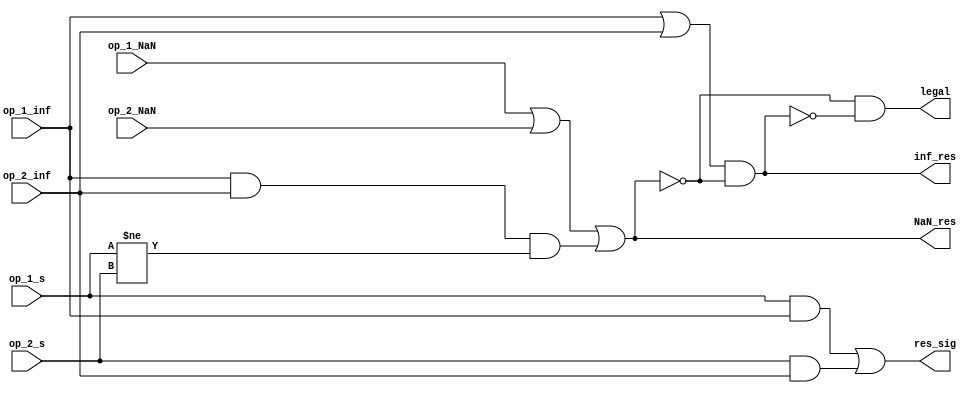
module uncount_analiser
(
    input wire op_1_NaN,
    input wire op_2_NaN,

    input wire op_1_inf,
    input wire op_2_inf,

    input wire op_1_s,
    input wire op_2_s,

    output wire legal,

    output wire NaN_res,
    output wire inf_res,
    output wire res_sig
);

assign NaN_res = op_1_NaN | op_2_NaN | (op_1_inf & op_2_inf & (op_1_s != op_2_s));
assign inf_res = (op_1_inf | op_2_inf) & ~NaN_res;
assign res_sig = (op_1_s & op_1_inf) | (op_2_s & op_2_inf);

assign legal = ~NaN_res & ~inf_res;

endmodule